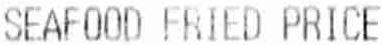
SEAFOOD FRIED PRICE